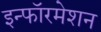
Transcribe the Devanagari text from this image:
इन्फॉरमेशन